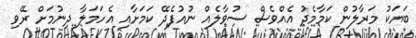
ބަޔަކު މަރާލުން ކަމާމެދު އެއްވެސް ސުވާލެއް ނުއުފެދޭ ކަމަށާއި އެހަމަލާ ދިނުމަށް ރޭވި